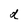
Character: d